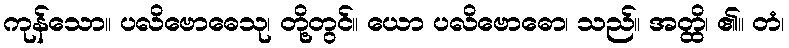
ကုန်သော။ ပလိဗောဓေသု၊ တို့တွင်။ ယော ပလိဗောဓော၊ သည်။ အတ္ထိ၊ ၏။ တံ၊